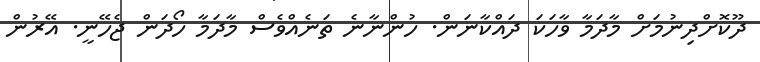
ދޫކޮށްދިނުމަށް މާދަމާ ވާހަކަ ދައްކާނަން. ހުންނާނެ ތަނެއްވެސް މާދަމާ ހޯދަން ޖެހޭނީ. އޭރުން